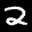
Label: 2